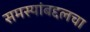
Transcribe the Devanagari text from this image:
समस्यांबद्दलचा